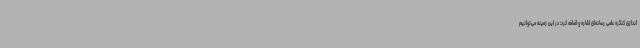
اندازی کنگره علمی رسانه‌ای اشاره و اضافه کرد: در این زمینه می‌توانیم